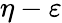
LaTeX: \eta-\varepsilon